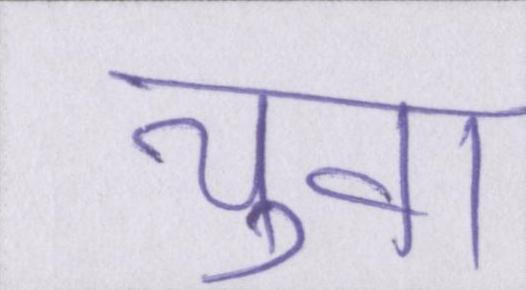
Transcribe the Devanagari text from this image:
युवा